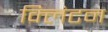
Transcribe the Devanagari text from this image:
क्‍लिंटन